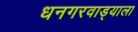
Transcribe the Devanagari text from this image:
धनगरवाड्याला